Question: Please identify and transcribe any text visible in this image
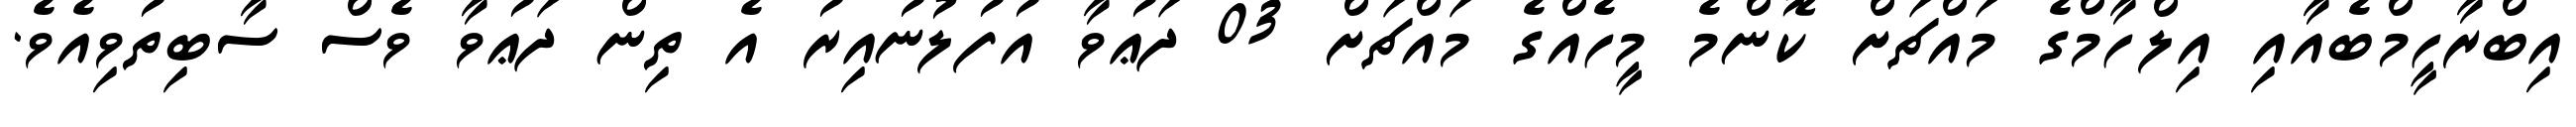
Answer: އިބްރާހީމްބެއާއި އިލްހާމްގެ މައްޗަށް ކޮންމެ މީހެއްގެ މައްޗަށް 03 ދަޢުވާ އުފުލުނުއިރު އެ ތިން ދަޢުވާ ވެސް ސާބިތުވިއެވެ.